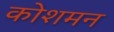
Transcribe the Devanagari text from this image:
कोशमन